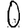
Digit: 0